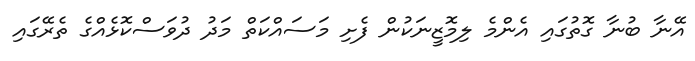
އޭނާ ބުނާ ގޮތުގައި އެންމެ ލިމޮޒީނަކުން ފެށި މަސައްކަތް މަދު ދުވަސްކޮޅެއްގެ ތެެރޭގައި